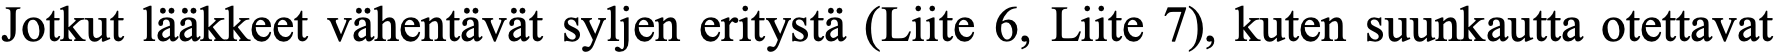
Jotkut lääkkeet vähentävät syljen eritystä (Liite 6, Liite 7), kuten suunkautta otettavat